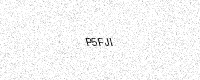
Text: P5FJI